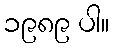
၁၉၈၉ ပါ။